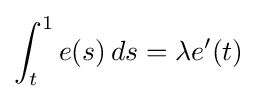
\int _{t}^{1}e(s)\,ds=\lambda e'(t)